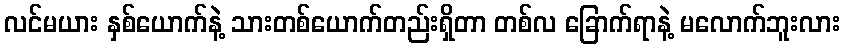
လင်မယား နှစ်ယောက်နဲ့ သားတစ်ယောက်တည်းရှိတာ တစ်လ ခြောက်ရာနဲ့ မလောက်ဘူးလား